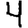
Digit: 4